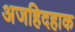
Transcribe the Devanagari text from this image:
अजहिदहाक